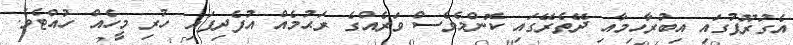
އެގުރޫޕުގައި އިބުރާހިމާއި ދޭތެރޭގައި ކޮންމެވެސް ވަރެއްގެ ރަޙުމެއް އުފެދިފައި ހުރި މީހެއް ހުއްޓެވެ.